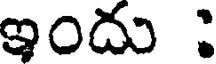
ఇందు :